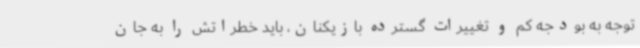
توجه به بودجه کم و تغییرات گسترده بازیکنان، باید خطراتش را به جان